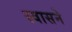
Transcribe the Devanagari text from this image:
स्वासने